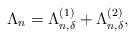
LaTeX: \begin{align*}\Lambda_n= \Lambda^{(1)}_{n,\delta}+\Lambda^{(2)}_{n,\delta},\end{align*}